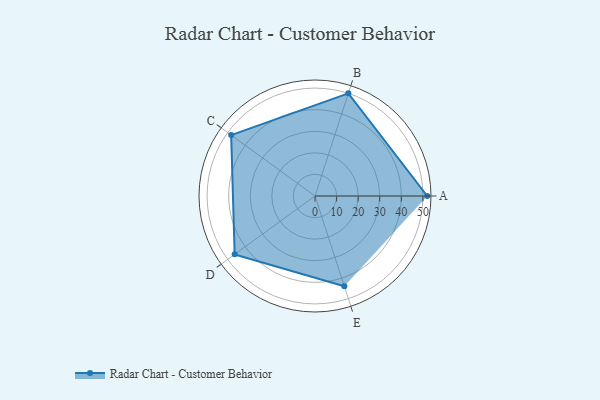
{"axis": {"x": "Skill", "y": "Score"}, "legend": ["Profile"], "data": [{"x": "A", "y": 52.0, "type": "Profile"}, {"x": "B", "y": 50.0, "type": "Profile"}, {"x": "C", "y": 48.0, "type": "Profile"}, {"x": "D", "y": 46.0, "type": "Profile"}, {"x": "E", "y": 44.0, "type": "Profile"}]}